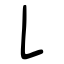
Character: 𠄌